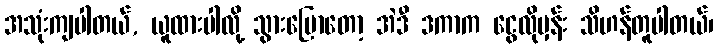
အသုံးကျပါတယ်, ယူထားပါလို့ သွားပြောတော့ အဲဒီ ဒကာက ငွေလိုမှန်း သိဟန်တူပါတယ်၊